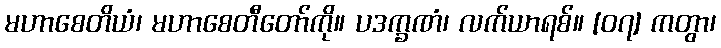
မဟာစေတိယံ၊ မဟာစေတီတော်ကို။ ပဒက္ခဏံ၊ လက်ယာရစ်။ [၀၇] ကတွာ၊